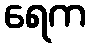
ရေက